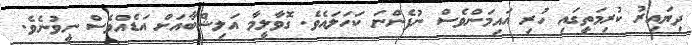
ދިޔައިރު ކުރިމަތީގައި ހުރި އައިމަންވެސް ނުފެންނަ ކަހަލައެވެ. ގޮވާލީމާ އަލިޝްބާއަށް އަޑެއްވެސް ނީވުނެވެ.